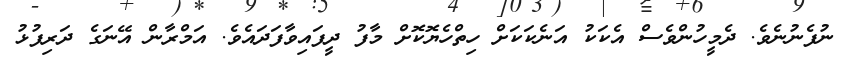
ނުފެނުނެވެ. ދެމީހުންވެސް އެކަކު އަނެކަކަށް ހިތްހެޔޮކޮށް މާފު ދީފައިވާފަދައެވެ. އަމްރާން އޭނަގެ ދަރިފުޅު